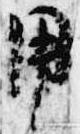
用